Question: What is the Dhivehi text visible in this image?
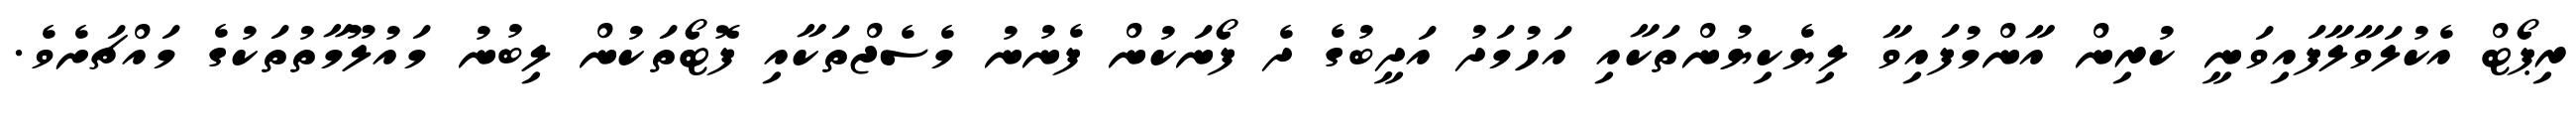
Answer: ރިޕޯޓް އެކުލަވާލާފައިވަނީ ކުރިން އާންމުފައިވާ ލިޔެކިޔުންތަކާއި އަހުމަދު އަދީބުގެ ދެ ފޯނަކުން ފެނުނު މެސެޖްތަކާއި ފޮޓޯތަކުން ލިބުނު މައުލޫމާތުތަކުގެ މައްޗަށެވެ.